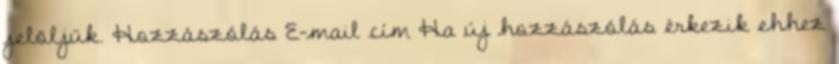
jelöljük. Hozzászólás E-mail cím Ha új hozzászólás érkezik ehhez